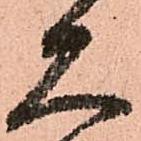
大